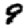
Digit: 9